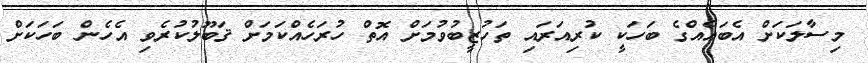
މިސާލަކަށް އެބައެއްގެ ބަހަކީ ކުރިއަރައި ތަހުޒީބުވުމަށް އޮތް ހުރަހެއްކަމަށް ޤަބޫލުކުރެވި އެހެން ބަހަކަށް